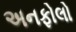
અનફોલો